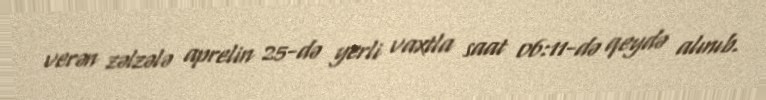
verən zəlzələ aprelin 25-də yerli vaxtla saat 06:11-də qeydə alınıb.